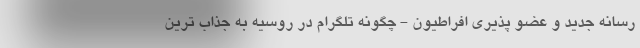
رسانه جدید و عضو پذیری افراطیون - چگونه تلگرام در روسیه به جذاب ترین